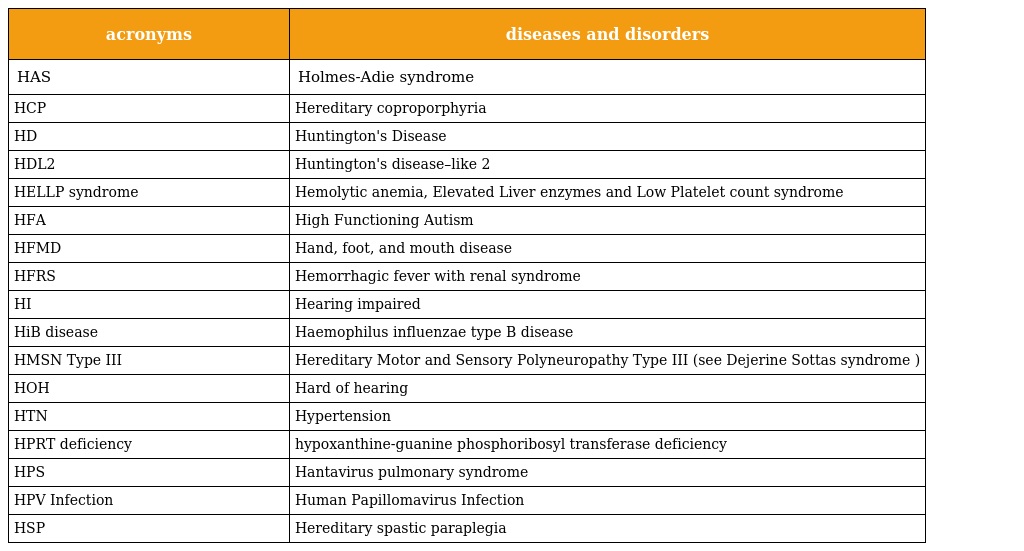
| acronyms | diseases and disorders |
 | --- | --- |
 | HAS | Holmes-Adie syndrome |
 | HCP | Hereditary coproporphyria |
 | HD | Huntington's Disease |
 | HDL2 | Huntington's disease–like 2 |
 | HELLP syndrome | Hemolytic anemia, Elevated Liver enzymes and Low Platelet count syndrome |
 | HFA | High Functioning Autism |
 | HFMD | Hand, foot, and mouth disease |
 | HFRS | Hemorrhagic fever with renal syndrome |
 | HI | Hearing impaired |
 | HiB disease | Haemophilus influenzae type B disease |
 | HMSN Type III | Hereditary Motor and Sensory Polyneuropathy Type III (see Dejerine Sottas syndrome ) |
 | HOH | Hard of hearing |
 | HTN | Hypertension |
 | HPRT deficiency | hypoxanthine-guanine phosphoribosyl transferase deficiency |
 | HPS | Hantavirus pulmonary syndrome |
 | HPV Infection | Human Papillomavirus Infection |
 | HSP | Hereditary spastic paraplegia |